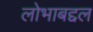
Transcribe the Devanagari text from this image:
लोभाबद्दल